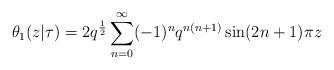
LaTeX: \begin{align*}\theta_1(z|\tau)=2q^\frac{1}{2}\sum_{n=0}^{\infty}(-1)^nq^{n(n+1)}\sin(2n+1)\pi z\end{align*}